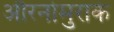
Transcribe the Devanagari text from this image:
औरनोमुराके